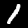
Digit: 1